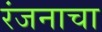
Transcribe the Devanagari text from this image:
रंजनाचा